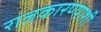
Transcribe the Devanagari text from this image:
राजकारण्याशी